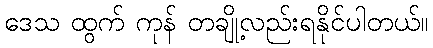
ဒေသ ထွက် ကုန် တချို့လည်းရနိုင်ပါတယ်။